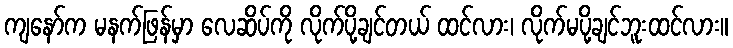
ကျနော်က မနက်ဖြန်မှာ လေဆိပ်ကို လိုက်ပို့ချင်တယ် ထင်လား၊ လိုက်မပို့ချင်ဘူးထင်လား။